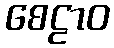
စေဠာဝ